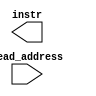
module mips32_instruction_memory(read_address, instr);

	input [31:0] read_address;
	output [31:0] instr;
	
	
	initial
	begin
		
	end

	
	
endmodule